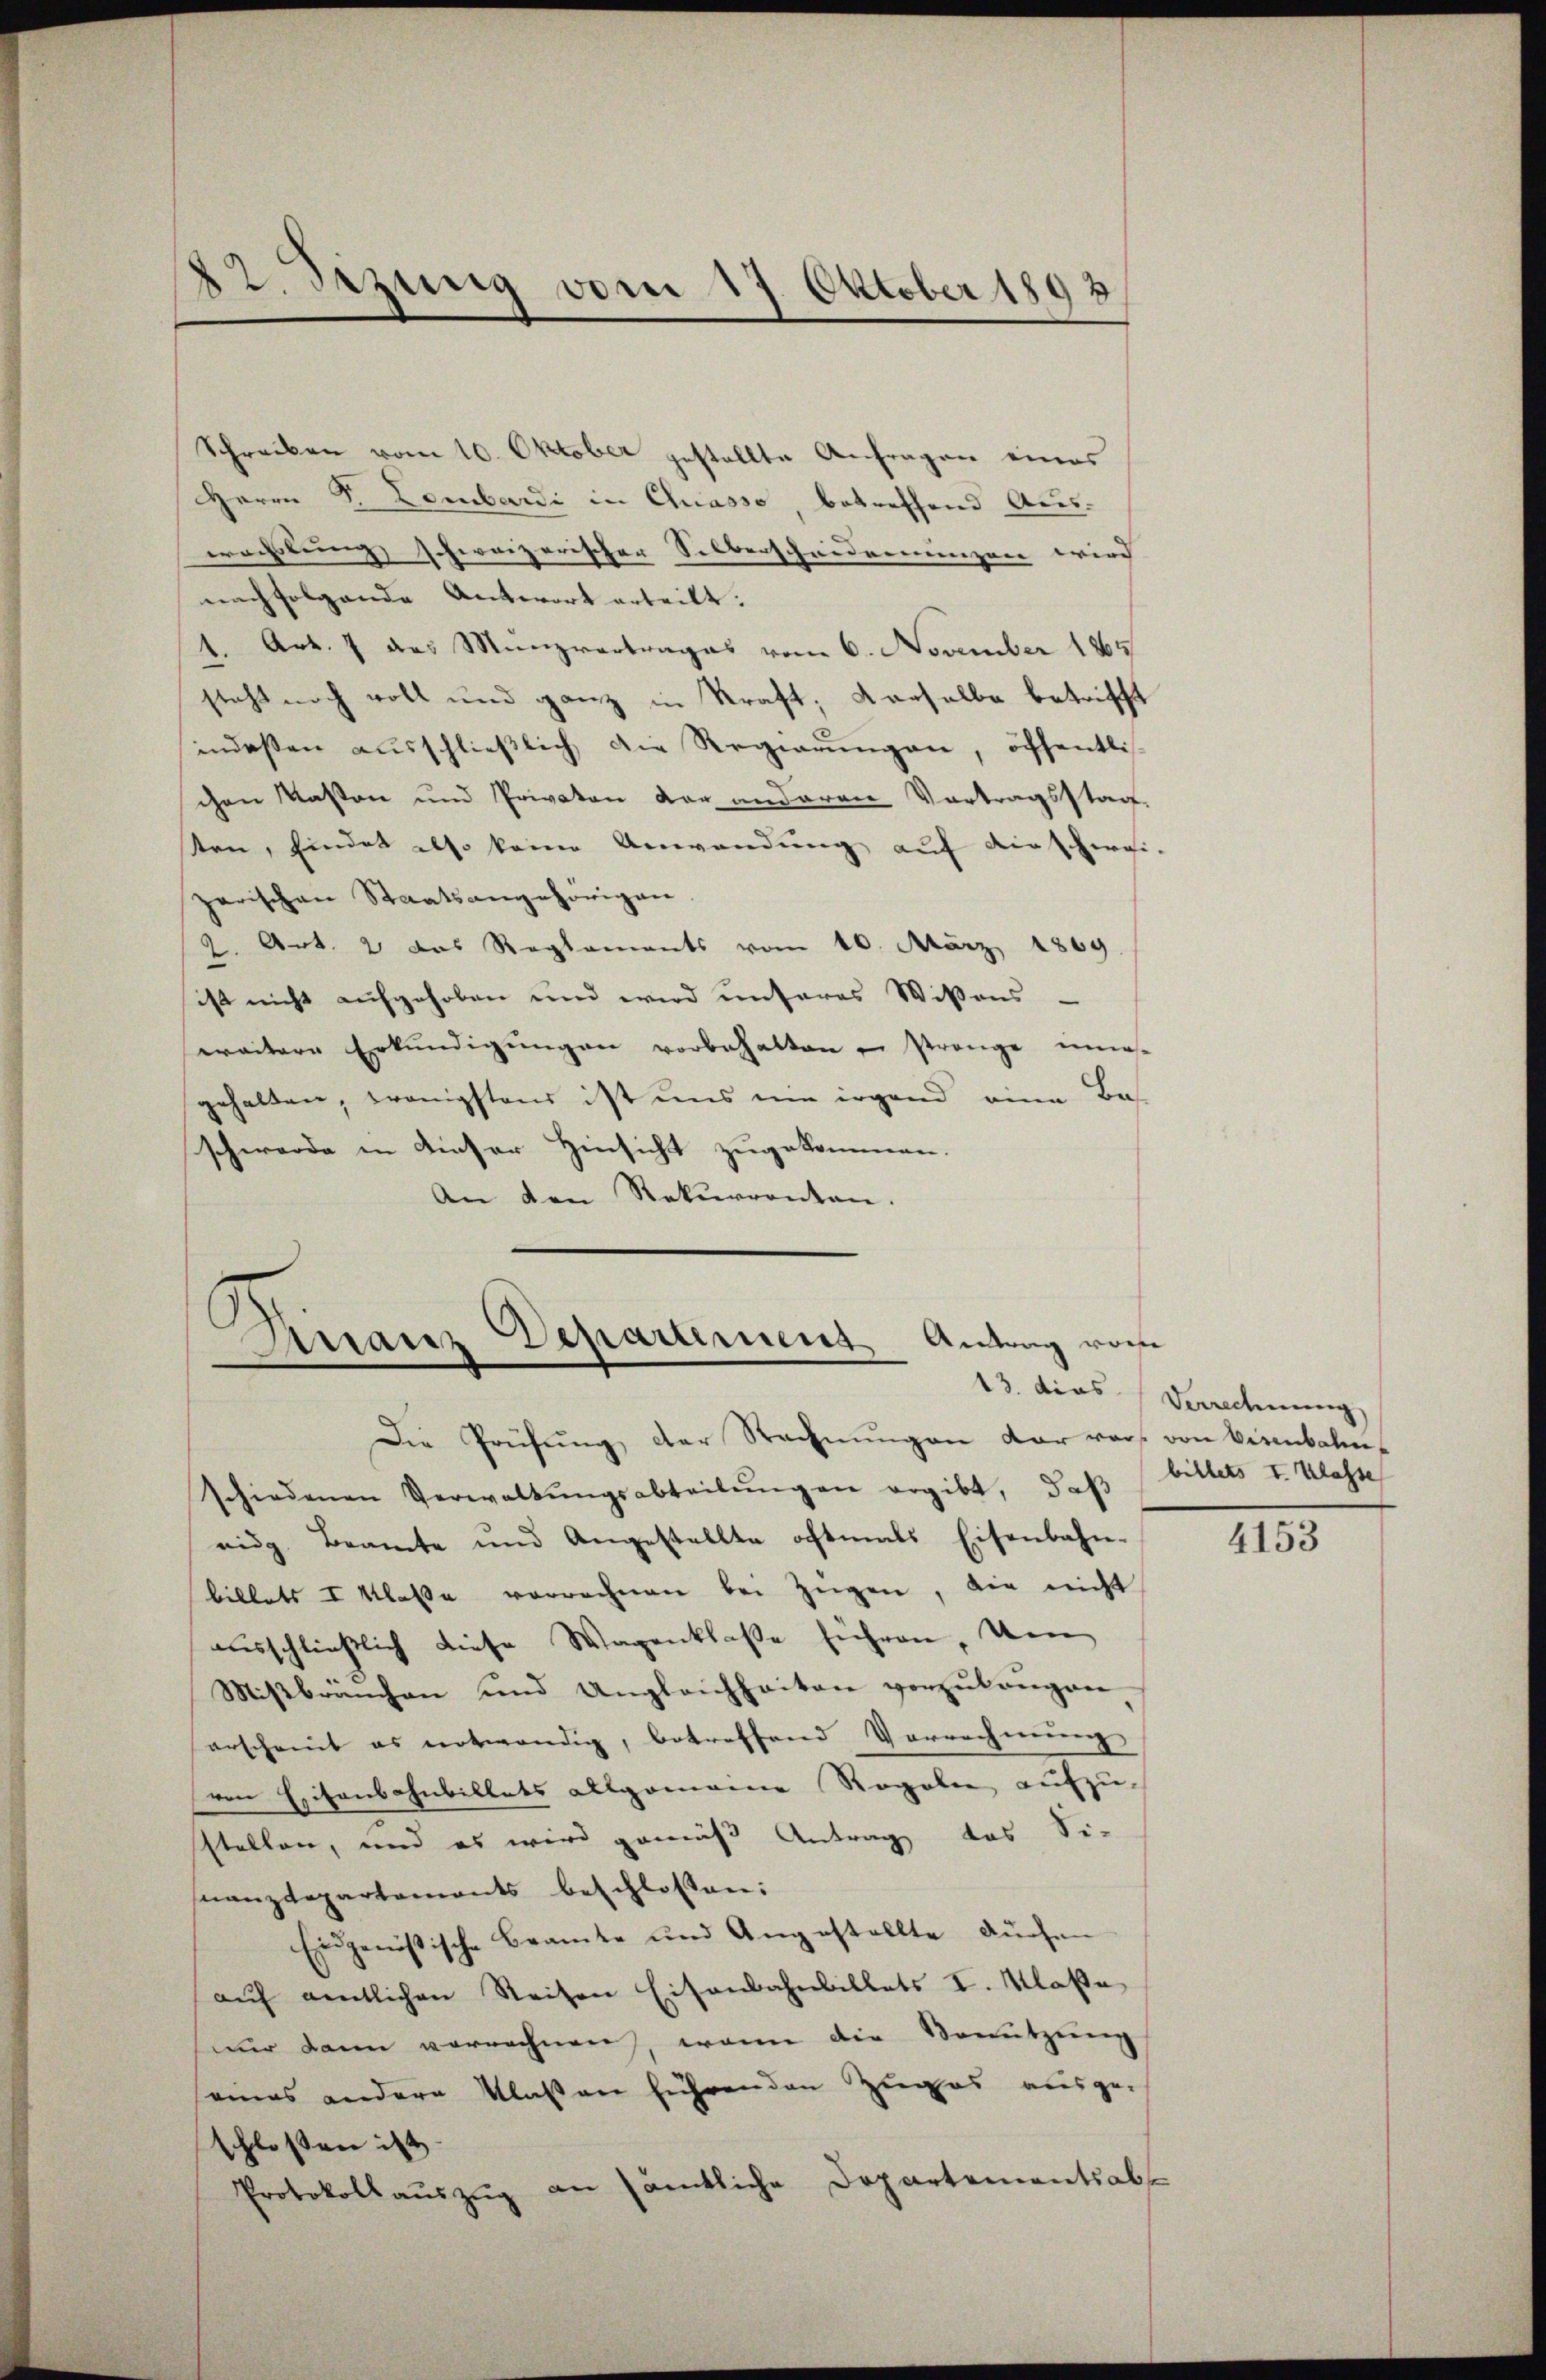
22. Sizung vom 17. Oktober 1893

Schreiben vom 10. Oktober gestellte Anfragen eines
Herrn S. Lombardi in Chiasso, betreffend Aus-
wachslung schweizerischer Silberscheidernungen wird
nachfolgende Antwort erteilt:
1. Art. 7 des Münzvertrages vom 6. November 185
steht noch voll und ganz in Kraft; derselbe betrifft
indessen aŭsschlieβlich die Regierŭngen, öffentli-
chen Kasten und Privaten der anderen Vortragsstag-
ten, findet also keine Anwendung auf derschwei-
zarischen Staatsangehörigen
Art. 2 das Reglements vom 10. März 1869.
2
ist nicht aufgehoben und wird unseres Wißens-
weitere Erkŭndigŭngen vorbehalten u Prange un-
gehalten, wenigstens ist uns um irgend eine Be-
schwerde in dieser Hinsicht zugekommen.
An den Rekurrenten.

g
Gnanz Departement Antrag vom
13. dies

Die Prüfung der Rechnungen der vor von Bisenbahn-
schiedenen Verwaltŭngsabteilŭngen ergibt, daβ
eidg. Beamte und Angestellte oftmals Eisenbahn-
billets I Klasse verrechnen bei Zügen, die nicht
ausschließlich diese Wagentlaße führen, den
Mißbräuchen und Ungleichheiten vorzulangen.
arscheint es notwendig, betreffend Verrechnung
von Eisenbahnbillets allgemeine Regolen aufzustellen, und es wird gemäß Antrag das Sie
nanzdepartements beschlossen:
Eidgenößische Beamte und Angestellte Küchen
aŭf amtlichen Reisen Eisenbahnbillets I. Klaße
nur dann verrechnen, wenn die Benutzung
eines andere Klaßen führenden Zuges ausge-
schlossen ist
Protokollaŭszŭg an sämtliche Departementsabt

Verrechnung
billets I. Klasse

4153